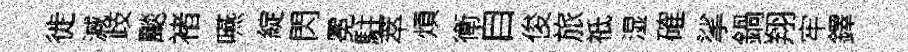
徙減歧颷褚嚥綻閃冕駐萃煩衛自俊旅祗湿確挲鍋翔牢鐸